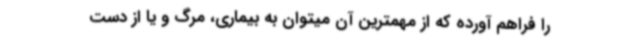
را فراهم آورده که از مهمترین آن میتوان به بیماری، مرگ و یا از دست